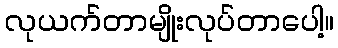
လုယက်တာမျိုးလုပ်တာပေါ့။